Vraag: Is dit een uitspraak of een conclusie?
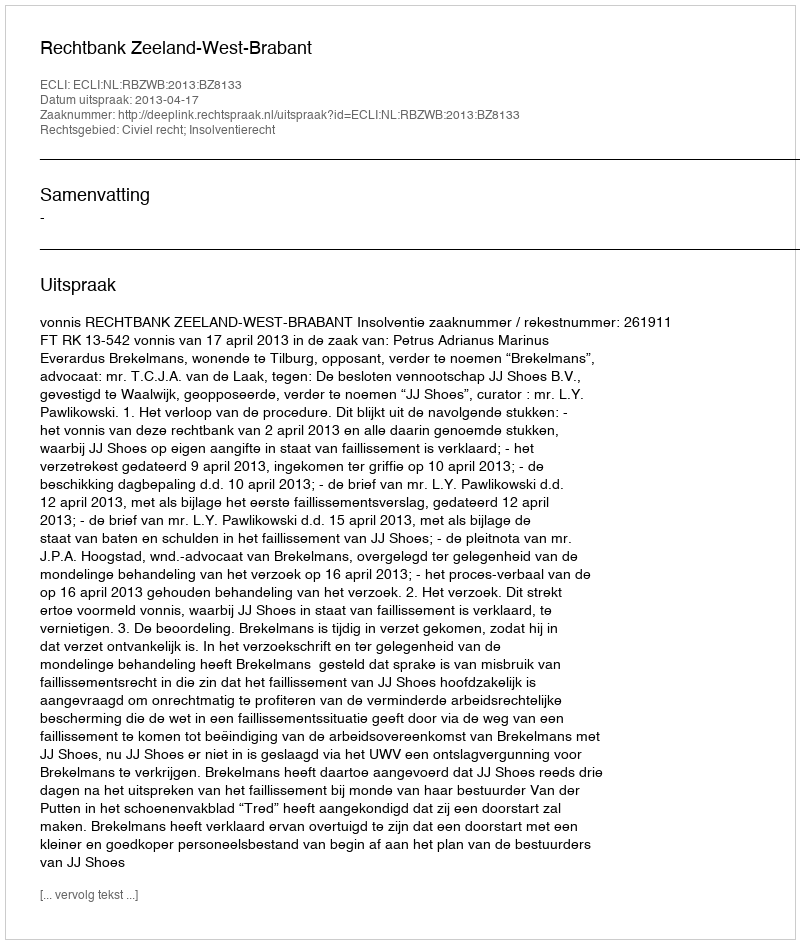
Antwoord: Uitspraak